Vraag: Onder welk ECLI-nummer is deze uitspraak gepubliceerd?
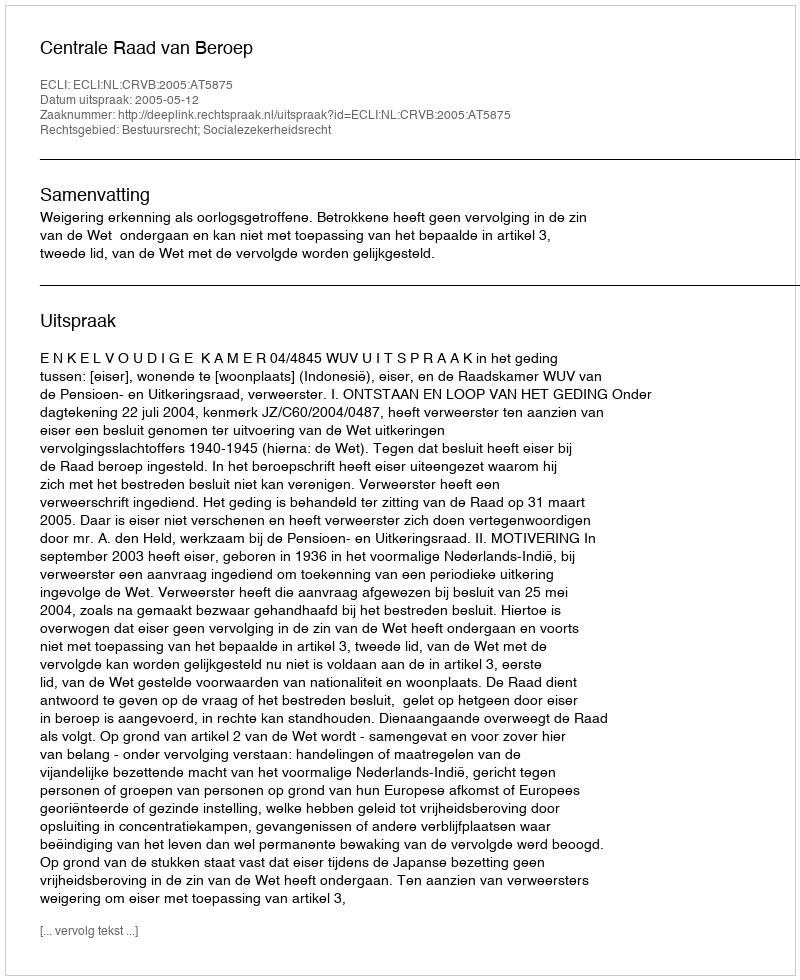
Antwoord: ECLI:NL:CRVB:2005:AT5875